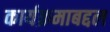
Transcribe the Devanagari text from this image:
कार्यक्रमाबद्दल